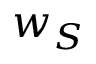
w _ { S }